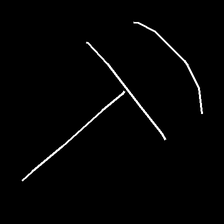
Glyph: dispersion